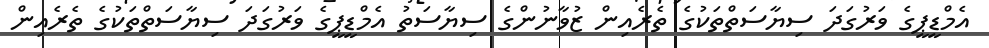
އެމްޑީޕީގެ ވަރުގަދަ ސިޔާސަތްތަކުގެ ތެރެއިން ޒުވާނުންގެ ސިޔާސަތު އެމްޑީޕީގެ ވަރުގަދަ ސިޔާސަތްތަކުގެ ތެރެއިން